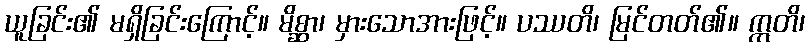
ယူခြင်း၏ မရှိခြင်းကြောင့်။ မိစ္ဆာ၊ မှားသောအားဖြင့်။ ပဿတိ၊ မြင်တတ်၏။ ဣတိ၊